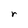
Character: r